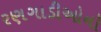
રણગાડીઓનો